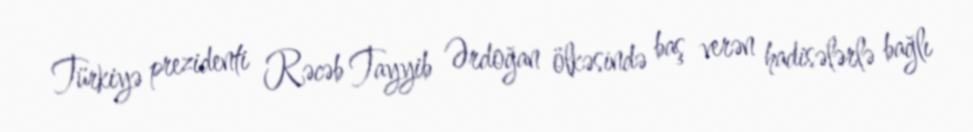
Türkiyə prezidenti Rəcəb Tayyib Ərdoğan ölkəsində baş verən hadisələrlə bağlı